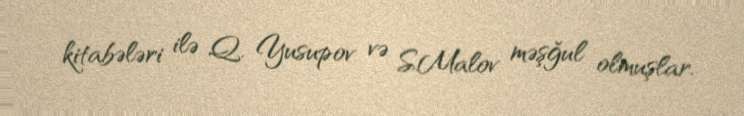
kitabələri ilə Q. Yusupov və S.Malov məşğul olmuşlar.